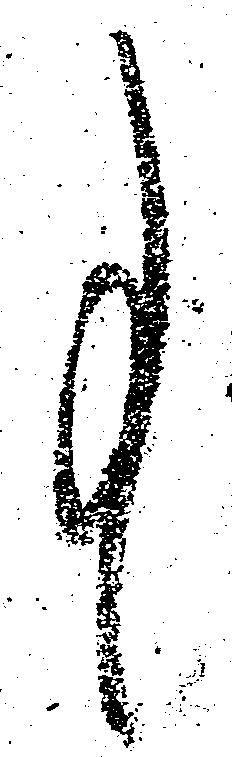
事